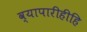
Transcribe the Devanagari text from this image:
व्यापारीहीहि